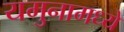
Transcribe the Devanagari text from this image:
यमुनामध्ये